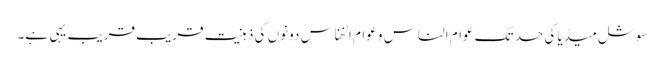
سوشل میڈیا کی حد تک عوام الناس و عوام الخناس دونوں کی ذہنیت قریب قریب یہی ہے۔